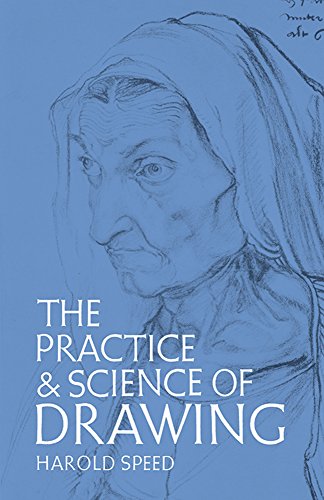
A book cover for The Practice and Science of Drawing (Dover Art Instruction); Harold Speed; Arts & Photography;